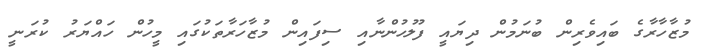
މުޒާހާރާގެ ބައިވެރިން ބުނަމުން ދިޔައީ ފުލުހުންނާއި ސިފައިން މުޒާހަރާތަކުގައި މީހުން ހައްޔަރު ކުރަނީ